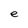
Character: e